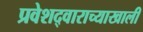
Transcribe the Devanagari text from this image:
प्रवेशद्वाराच्याखाली